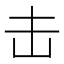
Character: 击